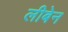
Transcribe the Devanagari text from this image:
लीबेन